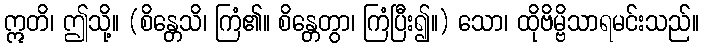
ဣတိ၊ ဤသို့။ (စိန္တေသိ၊ ကြံ၏။ စိန္တေတွာ၊ ကြံပြီး၍။) သော၊ ထိုဗိမ္ဗိသာရမင်းသည်။